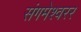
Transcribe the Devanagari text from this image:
संगमेश्वरर